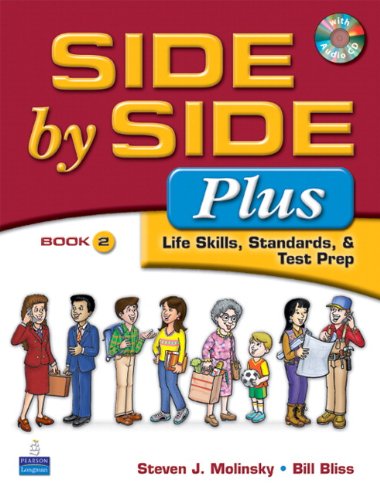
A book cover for Side by Side Plus 2 - Life Skills, Standards & Test Prep (3rd Edition); Steven J. Molinsky; Reference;